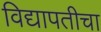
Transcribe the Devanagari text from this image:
विद्यापतीचा